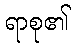
ရာစု၏